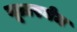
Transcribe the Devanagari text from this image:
यूज़रनेम